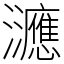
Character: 㶝